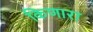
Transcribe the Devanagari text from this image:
किणारा